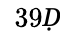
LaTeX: ^\mathcal{Ḋ}39Ḍ